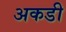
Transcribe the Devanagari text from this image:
अकडी